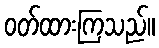
ဝတ်ထားကြသည်။